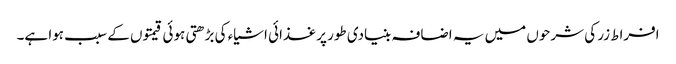
افراط زر کی شرحوں میں یہ اضافہ بنیادی طور پر غذائی اشیاء کی بڑھتی ہوئی قیمتوں کے سبب ہوا ہے۔